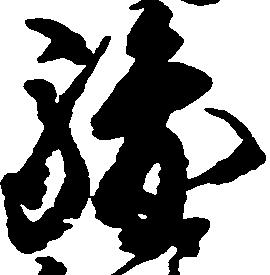
駿